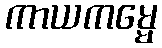
ကာယကမ္မေ